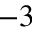
^ { - 3 }